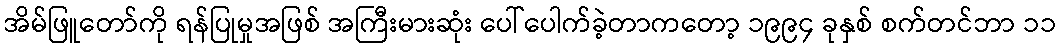
အိမ်ဖြူတော်ကို ရန်ပြုမှုအဖြစ် အကြီးမားဆုံး ပေါ်ပေါက်ခဲ့တာကတော့ ၁၉၉၄ ခုနှစ် စက်တင်ဘာ ၁၁